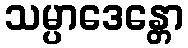
သမ္ပာဒေန္တော